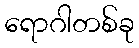
ရောဂါတစ်ခု